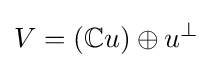
V=(\mathbb {C} u)\oplus u^{\perp }